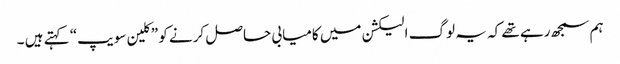
ہم سمجھ رہے تھے کہ یہ لوگ الیکشن میں کامیابی حاصل کرنے کو ”کلین سویپ“ کہتے ہیں ۔